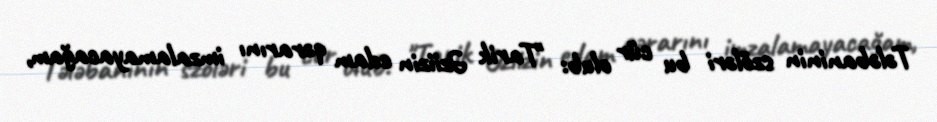
Tələbaninin szöləri bu cür olub: "Tarik Əziizin edam qərarını imzalamayacağam,